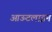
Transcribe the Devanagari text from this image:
आऊटलाइन